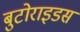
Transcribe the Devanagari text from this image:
बुटोराइडस